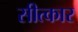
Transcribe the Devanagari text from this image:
सीत्कार